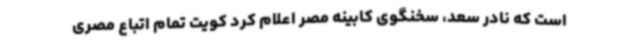
است که نادر سعد، سخنگوی کابینه مصر اعلام کرد کویت تمام اتباع مصری